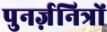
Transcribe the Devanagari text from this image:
पुनर्ज़नित्रों